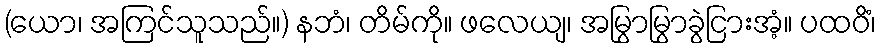
(ယော၊ အကြင်သူသည်။) နဘံ၊ တိမ်ကို။ ဖလေယျ၊ အမြွာမြွာခွဲငြားအံ့။ ပထဝိံ၊